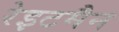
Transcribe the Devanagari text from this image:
रेइटमैन